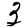
Digit: 3